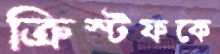
ক্রিস্টফকে